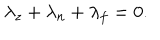
\lambda _ { z } + \lambda _ { n } + \lambda _ { f } = 0 .